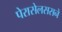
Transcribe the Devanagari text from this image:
पेरासेलससने